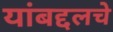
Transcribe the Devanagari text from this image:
यांबद्दलचे